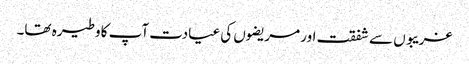
غریبوں سے شفقت اور مریضوں کی عیادت آپ کا وطیرہ تھا۔